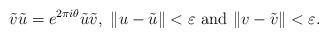
LaTeX: \begin{align*}\tilde{v}\tilde{u}=e^{2\pi i\theta}\tilde{u}\tilde{v},\,\,\|u-\tilde{u}\|<\varepsilon\, \,{\rm and}\,\,\|v-\tilde{v}\|<\varepsilon.\end{align*}